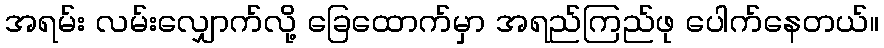
အရမ်း လမ်းလျှောက်လို့ ခြေထောက်မှာ အရည်ကြည်ဖု ပေါက်နေတယ်။